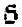
6